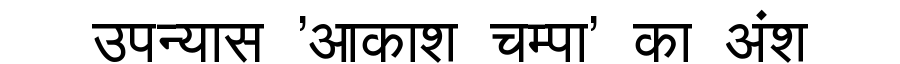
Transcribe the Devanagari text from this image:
उपन्यास 'आकाश चम्पा' का अंश